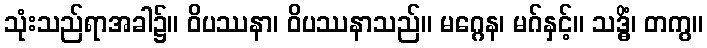
သုံးသည်ရာအခါ၌။ ဝိပဿနာ၊ ဝိပဿနာသည်။ မဂ္ဂေန၊ မဂ်နှင့်။ သဒ္ဓိံ၊ တကွ။